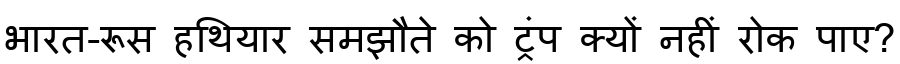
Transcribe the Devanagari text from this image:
भारत-रूस हथियार समझौते को ट्रंप क्यों नहीं रोक पाए?